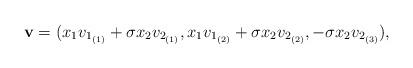
LaTeX: \begin{align*}\mathbf v=(x_1v_{1_{(1)}}+\sigma x_2v_{2_{(1)}},x_1v_{1_{(2)}}+\sigma x_2v_{2_{(2)}},-\sigma x_2v_{2_{(3)}}), \end{align*}